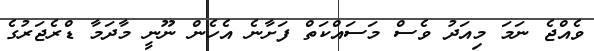
ވެއްޖެ ނަމަ މިއަދު ވެސް މަސައްކަތް ފަށާނެ އެހެން ނޫނީ މާދަމާ ޑްރެޖަރުގެ